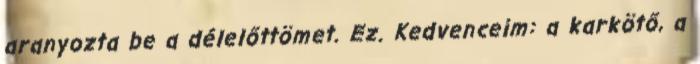
aranyozta be a délelőttömet. Ez. Kedvenceim: a karkötő, a